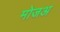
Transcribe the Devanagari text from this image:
मोजअ